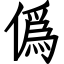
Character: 僞